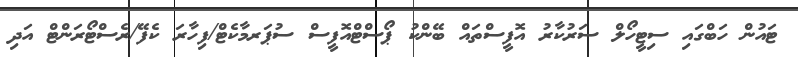
ޓައުން ހަބްގައި ސިޓީހޯލް ސަރުކާރު އޮފީސްތައް ބޭންކު ޕޯސްޓްއޮފީސް ސުޕަރމާކެޓް/ފިހާރަ ކެފޭ/ރެސްޓޯރަންޓް އަދި